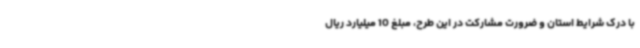
با درک شرایط استان و ضرورت مشارکت در این طرح، مبلغ 10 میلیارد ریال